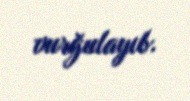
vurğulayıb.